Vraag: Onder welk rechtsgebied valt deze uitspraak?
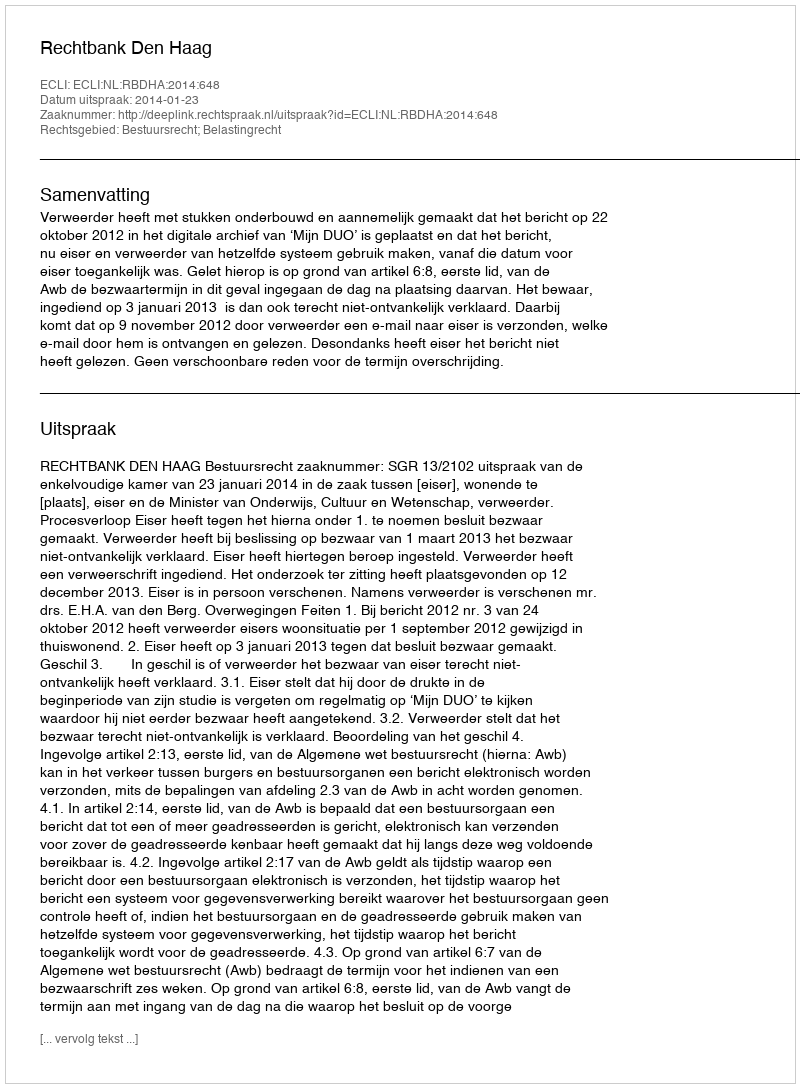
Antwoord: Bestuursrecht; Belastingrecht